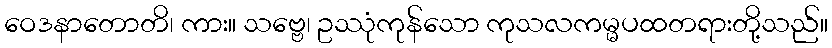
ဝေဒနာတောတိ၊ ကား။ သဗ္ဗေ၊ ဥဿုံကုန်သော ကုသလကမ္မပထတရားတို့သည်။